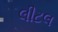
લીટલ